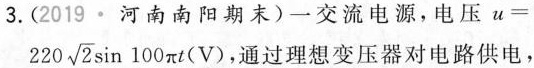
3.（2019·河南南阳期末）一交流电源，电压$$u = 2 2 0 \sqrt { 2 } \sin 1 0 0 \pi t ( V )$$ 通过理想变压器对电路供电，